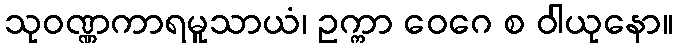
သုဝဏ္ဏကာရမူသာယံ၊ ဥက္ကာ ဝေဂေ စ ဝါယုနော။